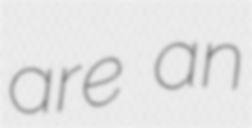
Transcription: are an